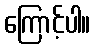
ကြောင့်ပါ။